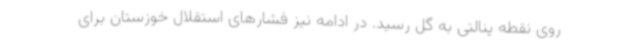
روی نقطه پنالتی به گل رسید. در ادامه نیز فشارهای استقلال خوزستان برای